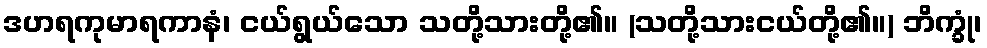
ဒဟရကုမာရကာနံ၊ ငယ်ရွယ်သော သတို့သားတို့၏။ (သတို့သားငယ်တို့၏။) ဘိက္ခုံ၊